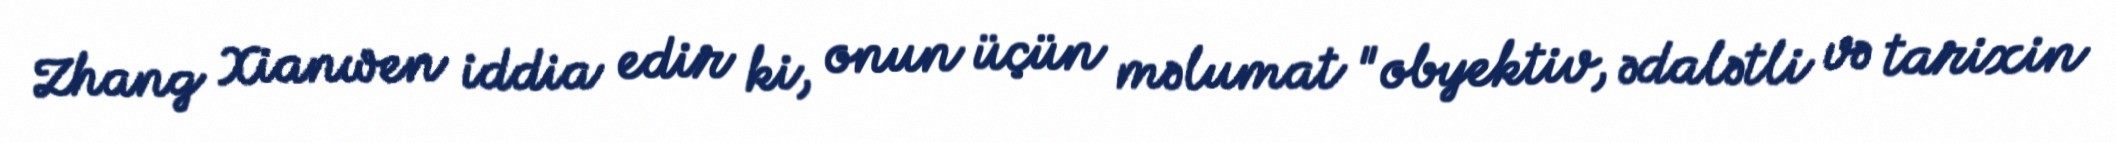
Zhang Xianwen iddia edir ki, onun üçün məlumat "obyektiv, ədalətli və tarixin